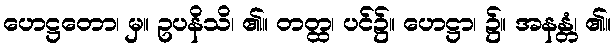
ဟေဋ္ဌတော၊ မှ။ ဥပနိသိ၊ ၏။ တတ္ထ၊ ပင်၌။ ဟေဋ္ဌာ၊ ၌။ အနန္တံ၊ ၏။